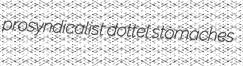
prosyndicalist dottel stomaches